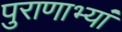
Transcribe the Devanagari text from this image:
पुराणाभ्यां